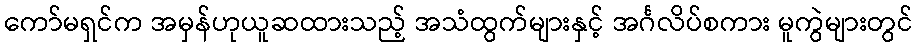
ကော်မရှင်က အမှန်ဟုယူဆထားသည့် အသံထွက်များနှင့် အင်္ဂလိပ်စကား မူကွဲများတွင်